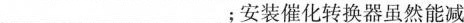
___；安装催化转换器虽然能减